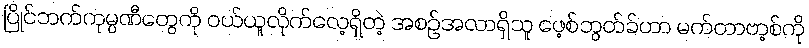
ပြိုင်ဘက်ကုမ္ပဏီတွေကို ဝယ်ယူလိုက်လေ့ရှိတဲ့ အစဉ်အလာရှိသူ ဖေ့စ်ဘွတ်ခ်ဟာ မက်တာဗာ့စ်ကို